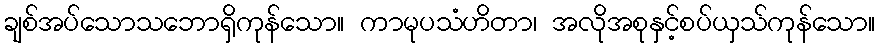
ချစ်အပ်သောသဘောရှိကုန်သော။ ကာမုပသံဟိတာ၊ အလိုအစုနှင့်စပ်ယှသ်ကုန်သော။